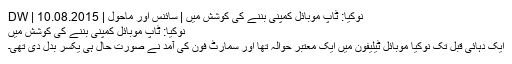
نوکیا: ٹاپ موبائل کمپنی بننے کی کوشش میں | سائنس اور ماحول | DW | 10.08.2015
نوکیا: ٹاپ موبائل کمپنی بننے کی کوشش میں
ایک دہائی قبل تک نوکیا موبائل ٹیلیفون میں ایک معتبر حوالہ تھا اور سمارٹ فون کی آمد نے صورت حال ہی یکسر بدل دی تھی۔